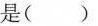
是（）